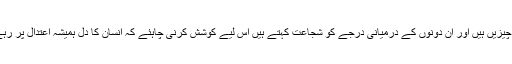
تہوار [ یعنی بے پروائی ] اور بزدلی دونوں ناپسندیدہ چیزیں ہیں اور ان دونوں کے درمیانی درجے کو شجاعت کہتے ہیں اس لیے کوشش کرنی چاہئے کہ انسان کا دل ہمیشہ اعتدال پر رہے اور کسی طرح کی افراط و تفریط میں مبتلا نہ ہو ۔